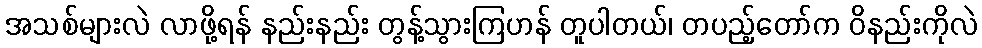
အသစ်များလဲ လာဖို့ရန် နည်းနည်း တွန့်သွားကြဟန် တူပါတယ်၊ တပည့်တော်က ဝိနည်းကိုလဲ